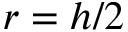
r = h / 2